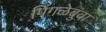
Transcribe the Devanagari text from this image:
पिंगळेबुवा